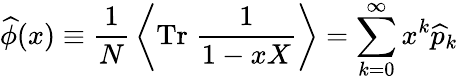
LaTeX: \widehat{\phi}(x)\equiv{\frac{1}{N}}\left\langle\mathrm{Tr}\; {\frac{1}{1-xX}}\right\rangle=\sum_{k=0}^{\infty}x^{k}\widehat{p}_{k}